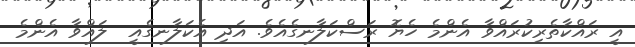
އީ ރައްކާތެރިކުރައްވާ އެންމެ ހެޔޮ ރަސްކަލާނގެއެވެ. އަދި އެކަލާނގެއީ  ލައްވާ އެންމެ